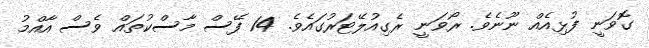
ގޮވަނީ ފުޅިއެއް ނޫނެވެ. ރޯވަނީ ރެގިއުލޭޓަރުގައެވެ. 14 ފޭސް މާސްކުތައް ވެސް އާއްމު